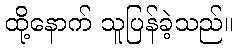
ထို့နောက် သူပြန်ခဲ့သည်။